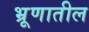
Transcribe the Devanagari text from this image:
भ्रूणातील